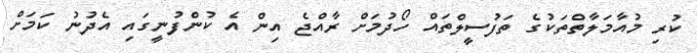
ކުރި މުއާމަލާތްތަކުގެ ތަފުސީލްތައް ހޯދުމަށް ރާއްޖެ އިން އެ ކުންފުނީގައި އެދުނު ކަމަށް